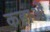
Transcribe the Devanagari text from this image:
कहाओं